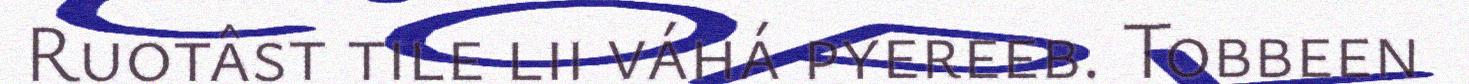
Ruotâst tile lii váhá pyereeb. Tobbeen